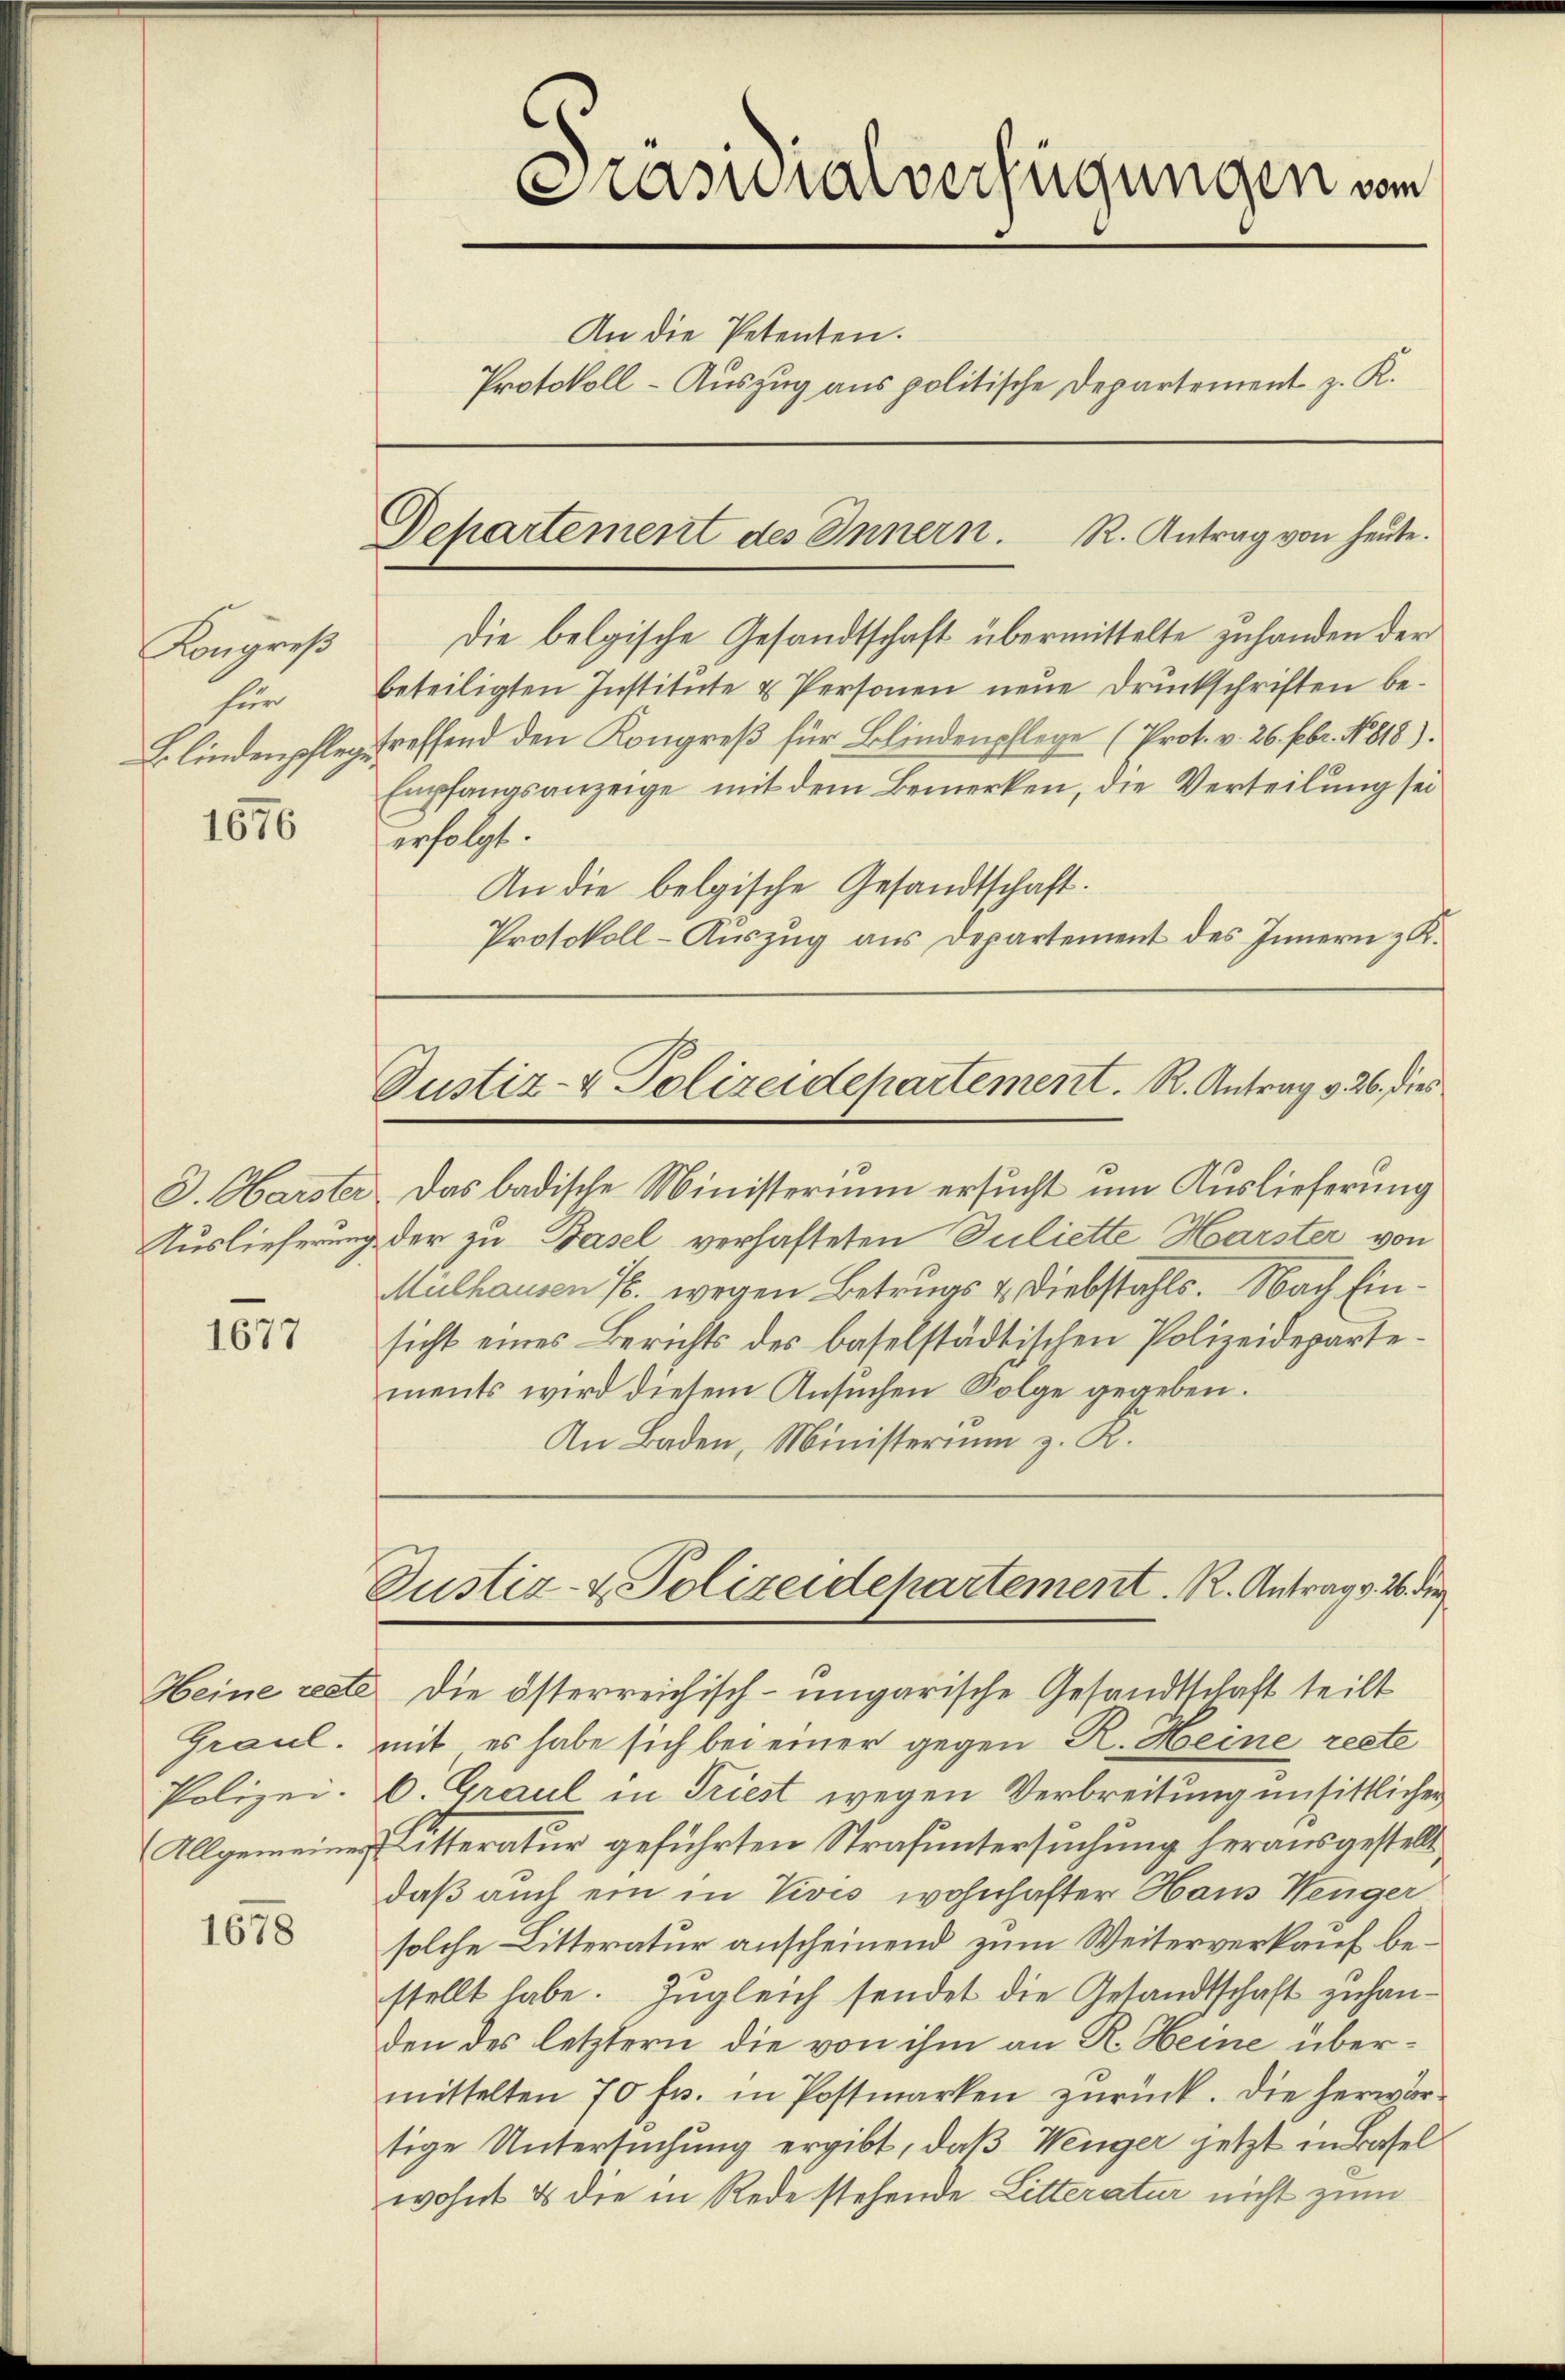
Kongreß
für
Blindenpflege.

1676

3. Marster
Auslieferung

1677

Graul.
Polizei.
Allgemeines

1678

Präsidialverfügungen vom
An die Petenten.
Protokoll - Auszug aus politische Departement z. K.

Departement des Innern. R. Antrag von heute.

Die belgische Gesandtschaft übermittelte zuhanden der
beteiligten Institŭte u Personen neue Druckschriften betreffend den Kongreß für Blindenpflege (Prot. v. 26. Febr. 1818).
Empfangsanzeige mit dem Bemerken, die Verteilung sei
erfolgt.
An die belgische Gesandtschaft.
Protokoll-Auszug aus Departement des Innern z. K.
Justiz- & Polizeidepartement. R. Antrag v. 26. dies
Das badische Ministerium ersucht um Auslieferung
der zu Basel verhafteten Juliette Harster von
Mulhausen 7. wegen Betrugs u. Diebstahls. Nach Einsicht eines Berichts des baselstädtischen Polizeidepartements wird diesem Ansŭchen Folge gegeben.
An Baden, Ministerium z. R.

Justiz- & Polizeidepartement. R. Antrag v. 26. die
Heine recte die österreichisch-ungarische Gesandtschaft teilt

mit, es habe sich bei einer gegen R. Heine reste
b. Graul in Triest wegen Verbreitung unsittlicher
Ritteratur geführten Strafuntersuchung herausgestellt,
daß auch ein in Vives wohnhafter Haus Wenger
solche Litteratur anscheinend zum Weiterverkauf bestellt habe. Zugleich sendet die Gesandtschaft zu handen des letztern die von ihm an R. Heine übermittelten 70 fr. in Postmarken zurück. Die herwärtige Untersuchung ergibt, daß Weiger jetzt in Basel
wohnt & die in Rede stehende Litteratur nicht zum